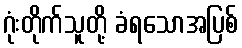
ဂုံးတိုက်သူတို့ ခံရသောအပြစ်